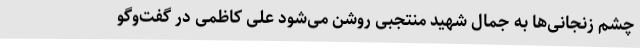
چشم زنجانی‌ها به جمال شهید منتجبی روشن می‌شود علی کاظمی در گفت‌وگو